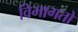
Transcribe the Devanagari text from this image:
विभागतो